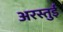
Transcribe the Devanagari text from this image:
अरस्तुई